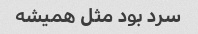
سرد بود مثل همیشه